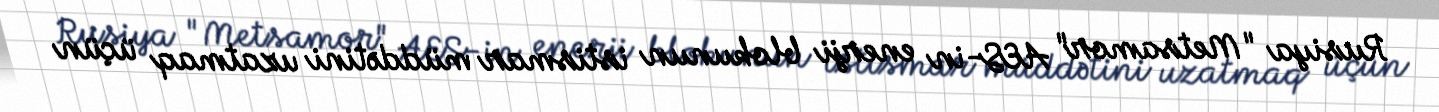
Rusiya "Metsamor" AES-in enerji blokunun istismar müddətini uzatmaq üçün